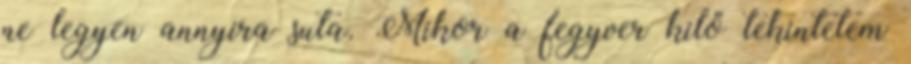
ne legyen annyira suta. Mikor a fegyver kilő tekintetem